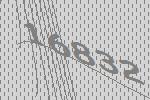
16832